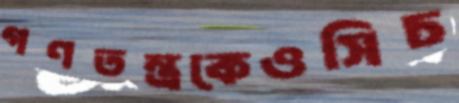
গণতন্ত্রকেওসিচ